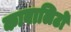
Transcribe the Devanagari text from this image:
काबालिटो